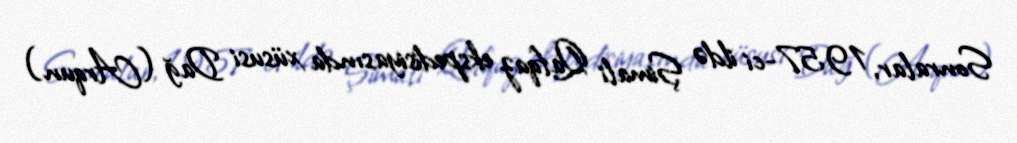
Sonralar, 1957-ci ildə Şimali Qafqaz ekspedisiyasında xüsusi Dağ (Arqun)